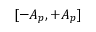
[ - A _ { p } , + A _ { p } ]